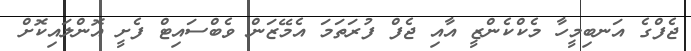
ޖެފްގެ އަނބިމީހާ މެކްކެންޒީ އާއި ޖެފް ފުރަތަމަ އެމޭޒަން ވެބްސައިޓް ފެށީ އޮންލައިކޮށް